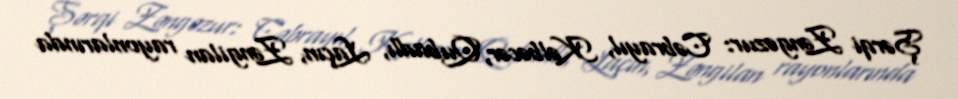
Şərqi Zəngəzur: Cəbrayıl, Kəlbəcər, Qubadlı, Laçın, Zəngilan rayonlarında